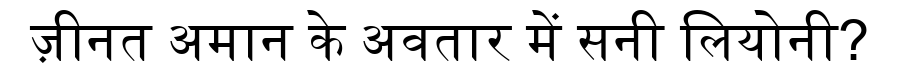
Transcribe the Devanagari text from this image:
ज़ीनत अमान के अवतार में सनी लियोनी?